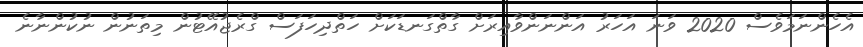
އެހެންނަމަވެސް 2020 ވަނަ އަހަރު އަންނަންވާއިރަށް ގާތްގަނޑަކަށް ހަތްދިހަފަސް ގްރެޖުއޭޓުން މިތަނުން ނުކުންނާނެ